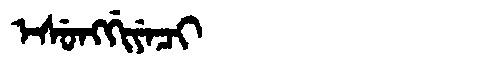
Manchu: ᡝᠰᡠᠩᡤᡳᠶᡝᠴᡳ
Romanization: ESUNGGIYECI